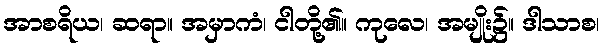
အာစရိယ၊ ဆရာ။ အမှာကံ၊ ငါတို့၏။ ကုလေ၊ အမျိုး၌။ ဒါသာစ၊